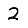
Digit: 2